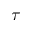
\tau